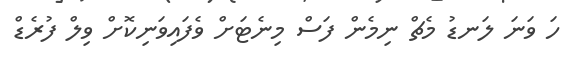
ހަ ވަނަ ލަނޑު މެޗް ނިމެން ފަސް މިނެޓަށް ވެފައިވަނިކޮށް ވިލް ފުރެޑް